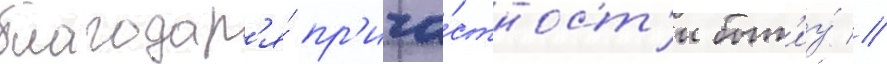
благодар'я́ пр'ича́стност'и быт'иу́ //